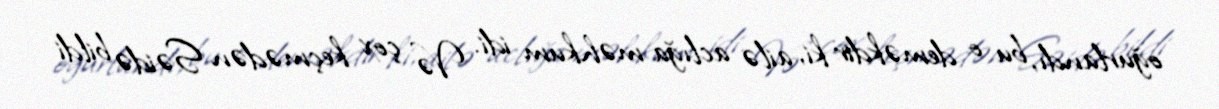
oğurlandı, bu o deməkdir ki, ailə aclığa məhkum idi. Və çox keçmədən Səidə bildi